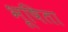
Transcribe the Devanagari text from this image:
भूषिता